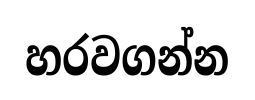
හරවගන්න